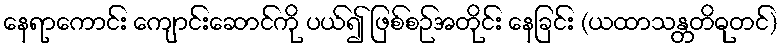
နေရာကောင်း ကျောင်းဆောင်ကို ပယ်၍ ဖြစ်စဉ်အတိုင်း နေခြင်း (ယထာသန္တတိဓုတင်)